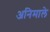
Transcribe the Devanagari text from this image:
अनिमाले